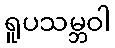
ရူပသမ္ဘဝါ